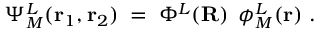
\Psi _ { M } ^ { L } ( { \bf r } _ { 1 } , { \bf r } _ { 2 } ) \; = \; \Phi ^ { L } ( { \bf R } ) \; \, \phi _ { M } ^ { L } ( { \bf r } ) \; .